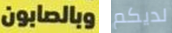
وبالصابون لديكم